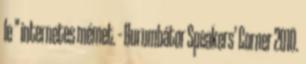
le " internetes mémet. – Burumbátor Speakers’ Corner 2010.